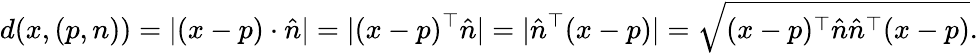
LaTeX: d(x,(p,n))=|(x-p)\cdot{\hat{n}}|=|(x-p)^{\top}{\hat{n}}|=|{\hat{n}}^{\top}(x-p)|={\sqrt{(x-p)^{\top}{\hat{n}}{\hat{n}}^{\top}(x-p)}}.